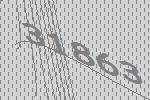
31863